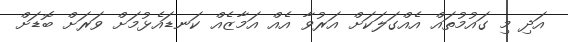
އަދި މި ގައުމުތައް އެއްގަލަކަށް އަރުވާ އެއް އަމާޒެއް ކަނޑައެޅުމަށް ވަރަށް ބޮޑަށް